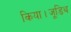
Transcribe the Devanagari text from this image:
किया।जूडिथ